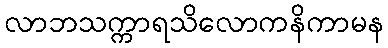
လာဘသက္ကာရသိလောကနိကာမန